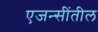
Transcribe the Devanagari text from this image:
एजन्सींतील